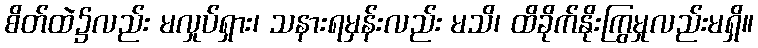
စိတ်ထဲ၌လည်း မလှုပ်ရှား၊ သနားရမှန်းလည်း မသိ၊ ထိခိုက်နိုးကြွမှုလည်းမရှိ။